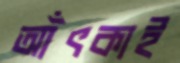
আঁৎকাই